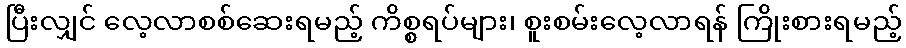
ပြီးလျှင် လေ့လာစစ်ဆေးရမည့် ကိစ္စရပ်များ၊ စူးစမ်းလေ့လာရန် ကြိုးစားရမည့်